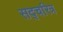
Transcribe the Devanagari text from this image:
सद्चरित्र